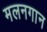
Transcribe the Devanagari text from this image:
मलनगान